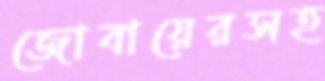
জোবায়েরসহ